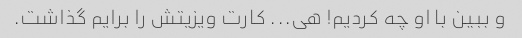
و ببین با او چه کردیم! هی... کارت ویزیتش را برایم گذاشت.